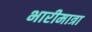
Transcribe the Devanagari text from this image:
भारीमात्रा